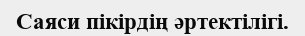
Саяси пікірдің әртектілігі.